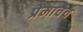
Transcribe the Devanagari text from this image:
प्रेमाचेच